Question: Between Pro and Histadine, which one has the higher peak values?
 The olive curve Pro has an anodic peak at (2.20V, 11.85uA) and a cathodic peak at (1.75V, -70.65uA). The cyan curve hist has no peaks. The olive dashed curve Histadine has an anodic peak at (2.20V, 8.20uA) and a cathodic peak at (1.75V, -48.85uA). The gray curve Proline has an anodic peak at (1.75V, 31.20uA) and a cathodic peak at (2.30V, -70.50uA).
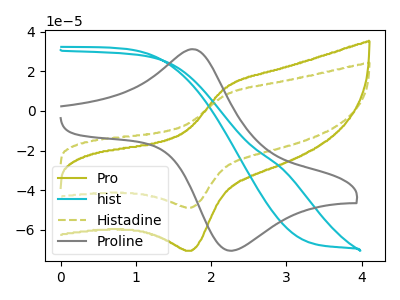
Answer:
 <answer>Every peak in "Pro" is higher than every peak in "Histadine".</answer>
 <eval>higher</eval>